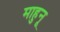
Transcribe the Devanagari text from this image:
माहुनू